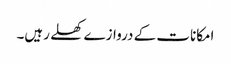
امکانات کے دروازے کھلے رہیں۔